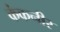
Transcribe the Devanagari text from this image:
कंकनीर